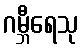
ဂမ္ဘီရေသု